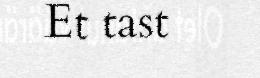
Et tast